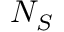
N _ { S }